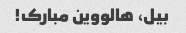
بیل، هالووین مبارک!